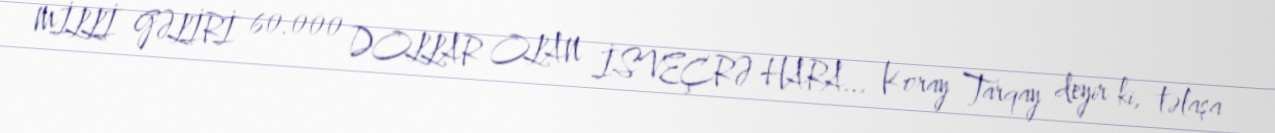
MİLLİ GƏLİRİ 60.000 DOLLAR OLAN İSVEÇRƏ HARA... Koray Tarqay deyir ki, təlaşa